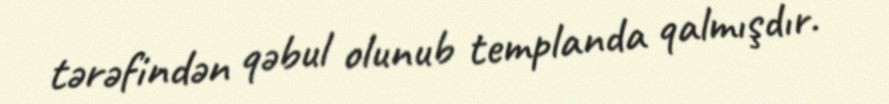
tərəfindən qəbul olunub templanda qalmışdır.